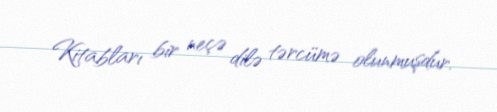
Kitabları bir neçə dilə tərcümə olunmuşdur.